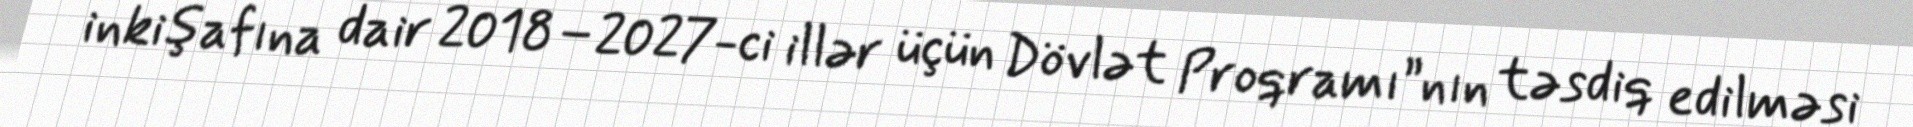
inkişafına dair 2018–2027-ci illər üçün Dövlət Proqramı”nın təsdiq edilməsi